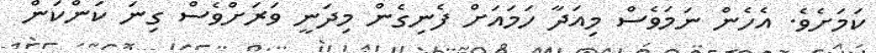
ކަމަށެވެ. އެހެން ނަމަވެސް މިއަދާ ހަމައަށް ފެނިގެން މިދަނީ ވަރަށްވެސް ގިނަ ކަންކަން